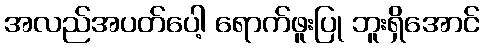
အလည်အပတ်ပေါ့ ရောက်ဖူးပြု ဘူးရှိအောင်